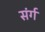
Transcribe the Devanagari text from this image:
संर्ग